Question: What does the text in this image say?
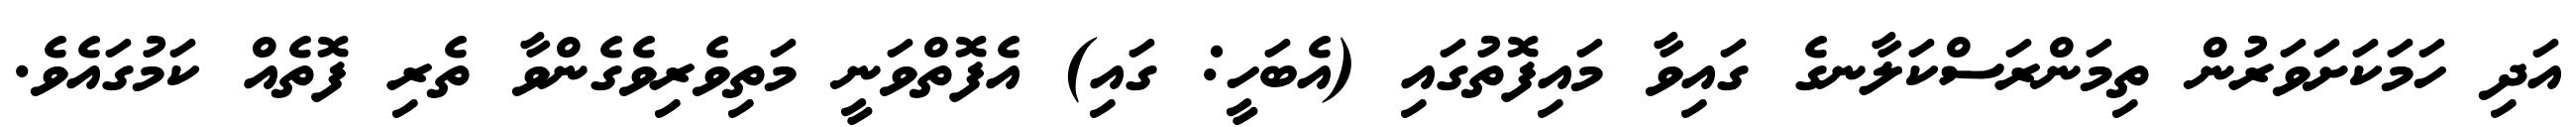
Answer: އަދި ހަމަކަށަވަރުން ތިމަންރަސްކަލާނގެ ގައިވާ މައިފޮތުގައި (އެބަހީ: ގައި) އެފޮތްވަނީ މަތިވެރިވެގެންވާ ތެރި ފޮތެއް ކަމުގައެވެ.